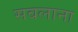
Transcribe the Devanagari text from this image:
सबलाना